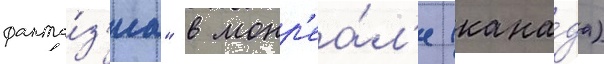
фанта́з'иа" в монр'еа́л'е (кана́да)